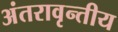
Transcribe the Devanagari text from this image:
अंतरावृन्तीय